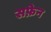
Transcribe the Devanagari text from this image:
सफ़ेन